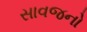
સાવજનો